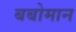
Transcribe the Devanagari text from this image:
बबोमान